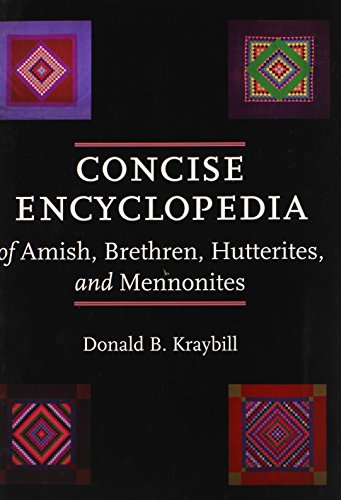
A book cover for Concise Encyclopedia of Amish, Brethren, Hutterites, and Mennonites; Donald B. Kraybill; Christian Books & Bibles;